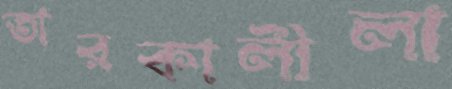
তারকালীলা